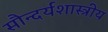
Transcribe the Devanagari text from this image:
सौन्दर्यशास्त्रीय